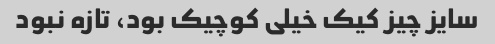
سایز چیز کیک خیلی کوچیک بود، تازه نبود